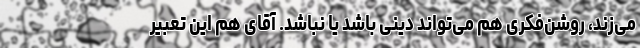
می‌زند، روشن‌فکری هم می‌تواند دینی باشد یا نباشد. آقای هم این تعبیر